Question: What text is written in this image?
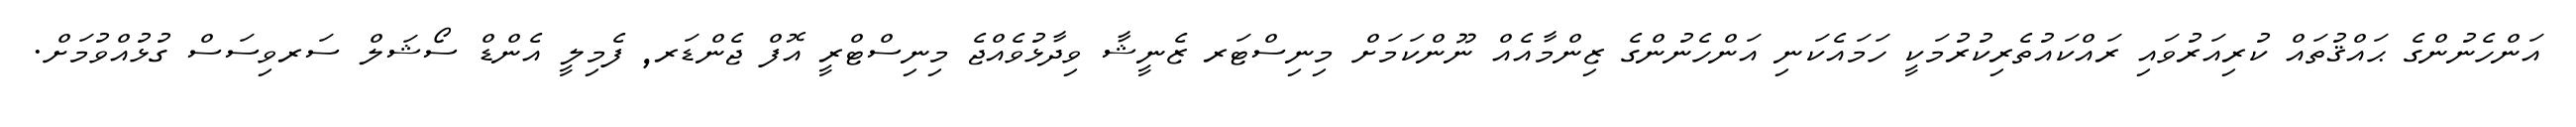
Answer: އަންހެނުންގެ ޙައްޤުތައް ކުރިއަރުވައި ރައްކައުތެރިކުރުމަކީ ހަމައެކަނި އަންހެނުންގެ ޒިންމާއެއް ނޫންކަމަށް މިނިސްޓަރ ޒެނީޝާ ވިދާޅުވެއްޖެ މިނިސްޓްރީ އޮފް ޖެންޑަރ, ފެމިލީ އެންޑް ސޯޝަލް ސަރވިސަސް ގުޅުއްވުމަށް.